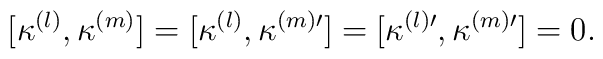
[\kappa^{(l)}, \kappa^{(m)}] =[\kappa^{(l)}, \kappa^{(m) \prime}]= [\kappa^{(l) \prime}, \kappa^{(m) \prime}] =0.